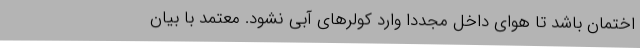
اختمان باشد تا هوای داخل مجدداً وارد کولرهای آبی نشود. معتمد با بیان